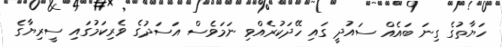
ހަޔާތުގެ ގިނަ ބައެއް ސައުދީ ގައި ހޭދަކުރެއްވި ނަމަވެސް އަސަދުގެ ވެރިކަމުގައި ސީރިޔާގެ